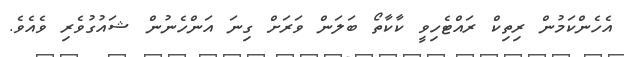
އެހެންކަމުން ރިތިކް ރައްޓެހިވީ ކާކާތޯ ބަލަން ވަރަށް ގިނަ އަންހެނުން ޝައުގުވެރި ވެއެވެ.